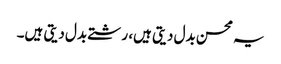
یہ محسن بدل دیتی ہیں، رشتے بدل دیتی ہیں۔